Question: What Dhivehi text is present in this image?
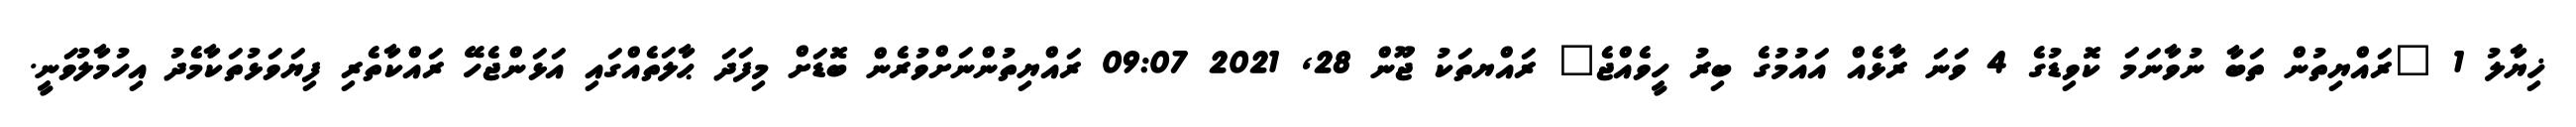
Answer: ޚިޔާލު 1 "ރައްޔިތުން ތަބާ ނުވާނަމަ ކޮވިޑުގެ 4 ވަނަ ރާޅެއް އައުމުގެ ބިރު ހީވެއްޖެ" ރައްޔތަކު ޖޫން 28, 2021 09:07 ރައްޔިތުންނަށްވުރެން ބޮޑަށް މިފަދަ ޙާލަތެއްގައި އަޅަންޖެހޭ ރައްކާތެރި ފިޔަވަޅުތަކާމެދު އިހުމާލުވަނީ.